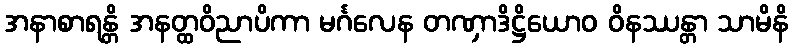
အနာစာရန္တိ အနတ္ထဝိညာပိကာ မင်္ဂလေန တဏှာဒိဋ္ဌိယောဝ ဝိနဿန္တာ သာမိနိ